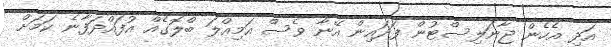
އަދި އެހެން ޖާނަލިސްޓުން ފަދައިން އޭނާ ވެސް އަމިއްލަ ބްލޮގެއް އުފައްދަފާނެ ކަމަށް